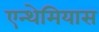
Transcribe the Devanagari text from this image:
एन्थेमियास